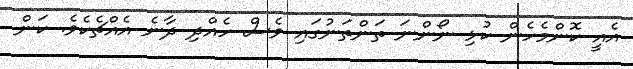
އެއީ ކޮންމެހެން ކުޅި ނޯންނަ ތަންތަނުގައި ވެސް ހެއްދި ދާނެ އެއްޗެކެވެ. ކަން